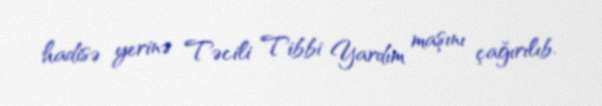
hadisə yerinə Təcili Tibbi Yardım maşını çağırılıb.